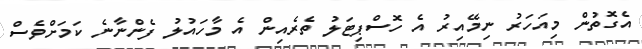
އެގޮތުން މިއަހަރު ނިމޭއިރު އެ ހޮސްޕިޓަލު ތެރެއިން އެ މާހައުލު ފެންނާނެ ކަމަށްވެސް